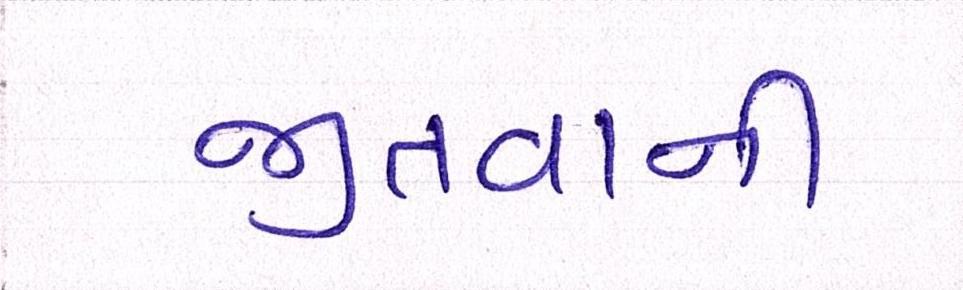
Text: જીતવાની